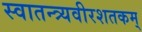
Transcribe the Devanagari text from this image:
स्वातन्त्र्यवीरशतकम्